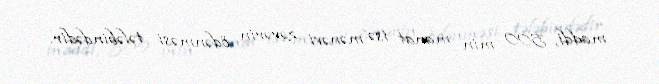
maddi, 500 min manat isə mənəvi zərərin ödənməsi tələbindədir.